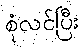
စုံလင်ပြီး